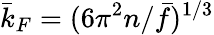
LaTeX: \bar{k}_{F}=(6\pi^{2}n/\bar{f})^{1/3}